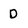
Character: D